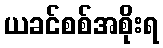
ယခင်စစ်အစိုးရ